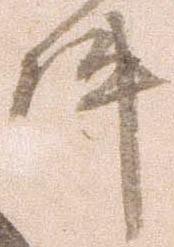
件